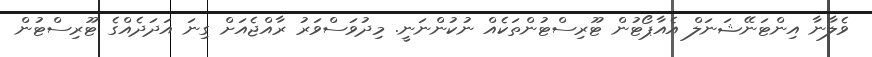
ވެލާނާ އިންޓަނޭޝަނަލް އެއާޕޯޓުން ޓޫރިސްޓުންތަކެއް ނުކުންނަނީ. މިދުވަސްވަރު ރާއްޖެއަށް ގިނަ އަދަދެއްގެ ޓޫރިސްޓުން